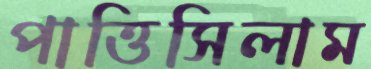
পাত্তিসিলাম